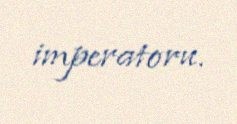
imperatoru.